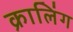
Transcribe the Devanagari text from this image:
क्रालिंग